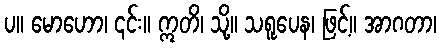
ပ။ မောဟော၊ ၎င်း။ ဣတိ၊ သို့။ သရူပေန၊ ဖြင့်။ အာဂတာ၊